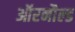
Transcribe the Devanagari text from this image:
ऑरनौल्ड